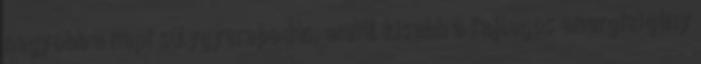
nagyobb a napi súlygyarapodás, annál kisebb a fajlagos energiaigény